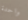
واحدة